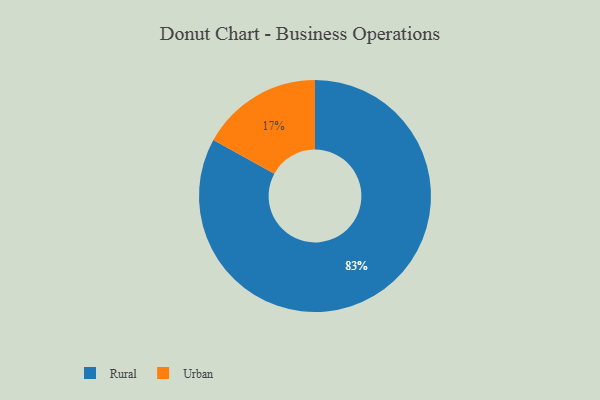
{"axis": {"x": "Category", "y": "Percentage"}, "legend": ["Rural", "Urban"], "data": [{"x": "Urban", "y": 17, "type": "Urban"}, {"x": "Rural", "y": 83, "type": "Rural"}]}